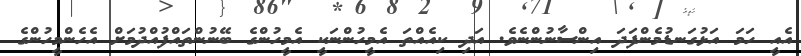
އެއީ ހަމަ އަޅުގަނޑުމެންފަދަ އިންސާނުންނެވެ. އަދި ކިއެއްތަ އެމީހުންނަކީ އެމީހުންގެ ބޭނުންތައްފުއްދުމަށް އެހެންމީހުންގެ